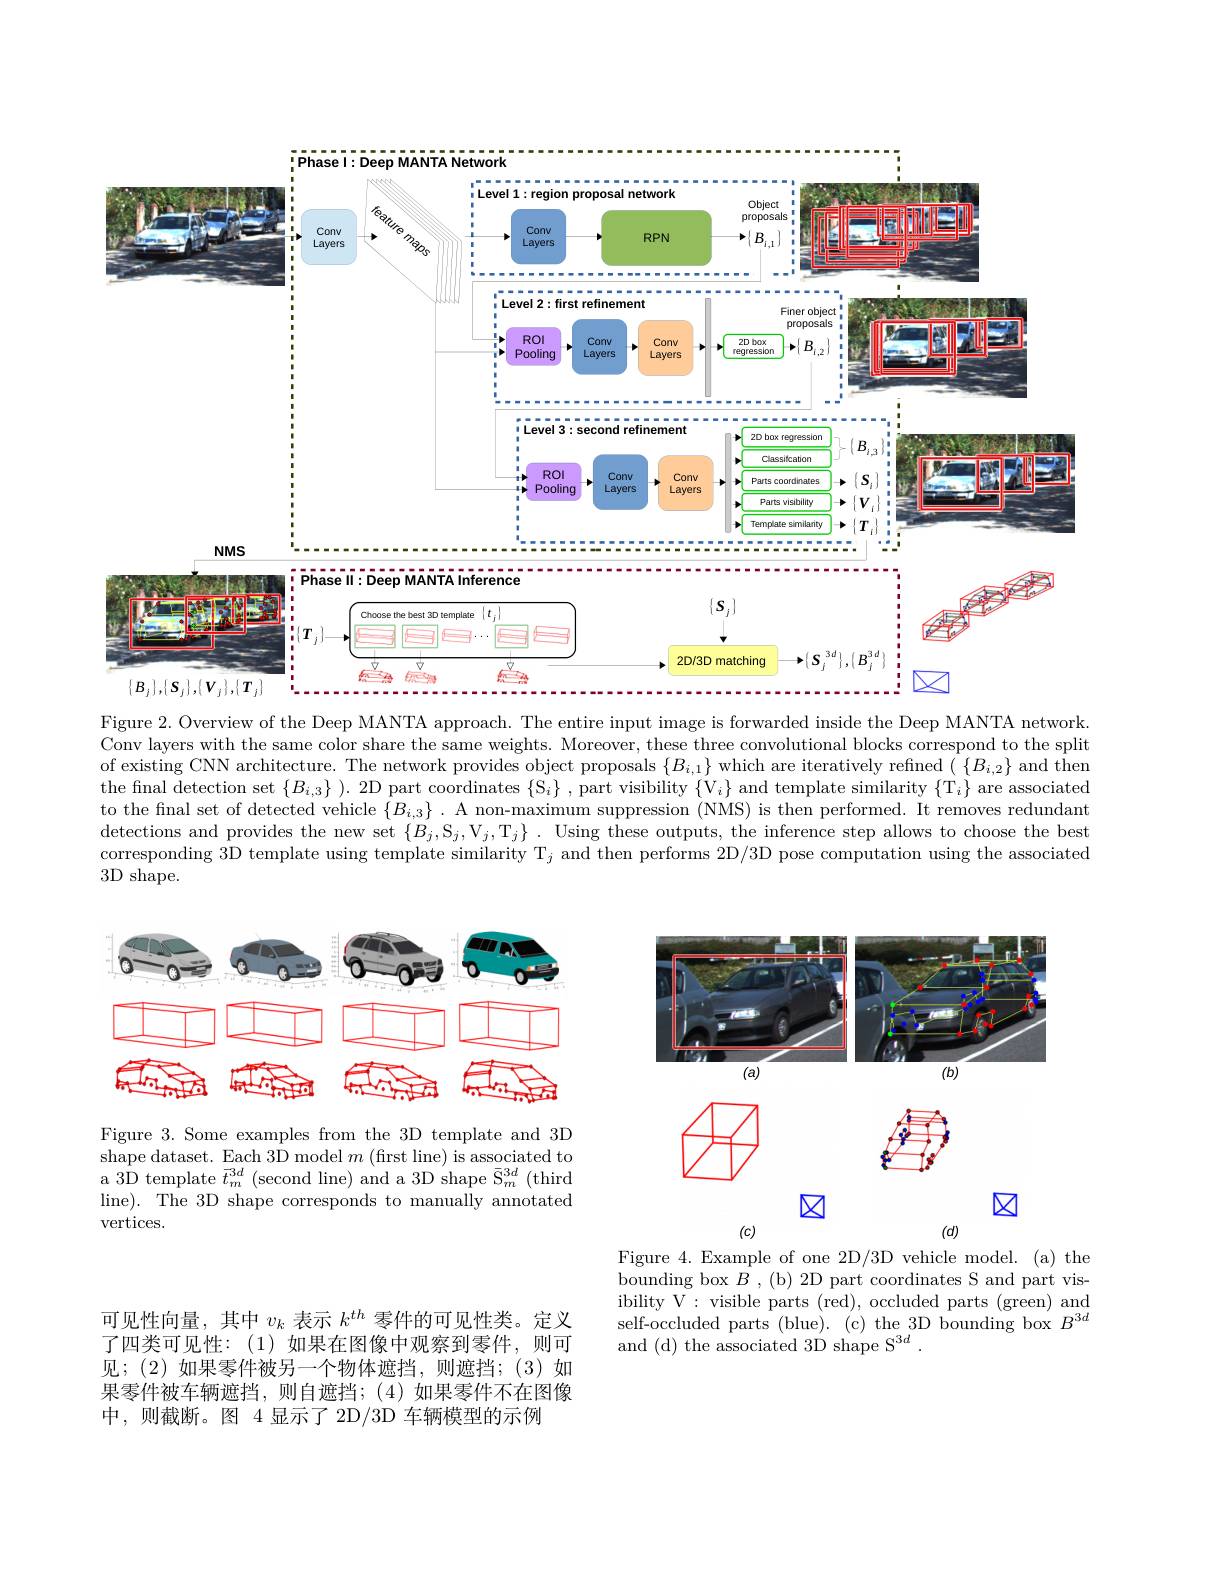
<FigureHere>
Figure 2. Overview of the Deep MANTA approach. The entire input image is forwarded inside the Deep MANTA network.

Conv layers with the same color share the same weights. Moreover, these three convolutional blocks correspond to the split of existing CNN architecture. The network provides object proposals $\{B_{i,1}\}$ which are iteratively refined $(\{B_{i,2}\}$ and then the final detection set $\{B_{i,3}\}).$ 2D part coordinates $\{\mathcal{S}_i\}$, part visibility $\{\mathcal{V}_i\}$ and template similarity $\{\mathcal{T}_i\}$ are associated to the final set of detected vehicle $\{B_{i,3}\}.$ A non-maximum suppression (NMS) is then performed. It removes redundant detections and provides the new set $\{B_j,\mathcal{S}_j,\mathcal{V}_j,\mathcal{T}_j\}.$ Using these outputs, the inference step allows to choose the best corresponding 3D template using template similarity T$_j$ and then performs 2D/3D pose computation using the associated $3D$ shape.

<FigureHere>

<FigureHere>

Figure 3. Some examples from the 3D template and 3D shape dataset. Each 3D model $m$ (first line) is associated to a 3D template $\vec{t}_{m}^{3d}$ (second line) and a 3D shape $\bar{\mathrm{S}}_{m}^{3d}$ (third line). The 3D shape corresponds to manually annotated $\operatorname{vertices}.$

Figure 4. Example of one 2D/3D vehicle model. (a) the bounding box $B$ , (b) 2D part coordinates S and part visibility V: visible parts ( red) , occluded parts ( green) and self-occluded parts (blue). (c) the 3D bounding box $B^{3d}$ and (d) the associated 3D shape S$^{3d}.$

可见性向量，其中$v_k$表示$k^{th}$零件的可见性类。定义了四类可见性：(1)如果在图像中观察到零件，则可见；(2)如果零件被另一个物体遮挡，则遮挡；(3)如果零件被车辆遮挡，则自遮挡；(4)如果零件不在图像中，则截断。图 4显示了 2D/3D 车辆模型的示例